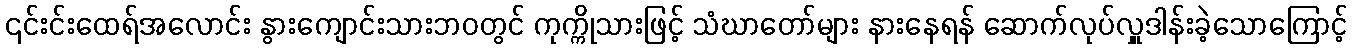
၎င်းင်းထေရ်အလောင်း နွားကျောင်းသားဘဝတွင် ကုက္ကိုသားဖြင့် သံဃာတော်များ နားနေရန် ဆောက်လုပ်လှူဒါန်းခဲ့သောကြောင့်